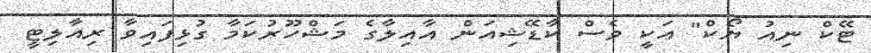
ޓޭކް ނިއު ޔޯކް" އަކީ ވެސް ކާޑޭޝިއަން އާއިލާގެ މަޝްހޫރުކަމާ ގުޅިފައިވާ ރިއާލިޓީ